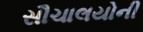
સૌચાલયોની